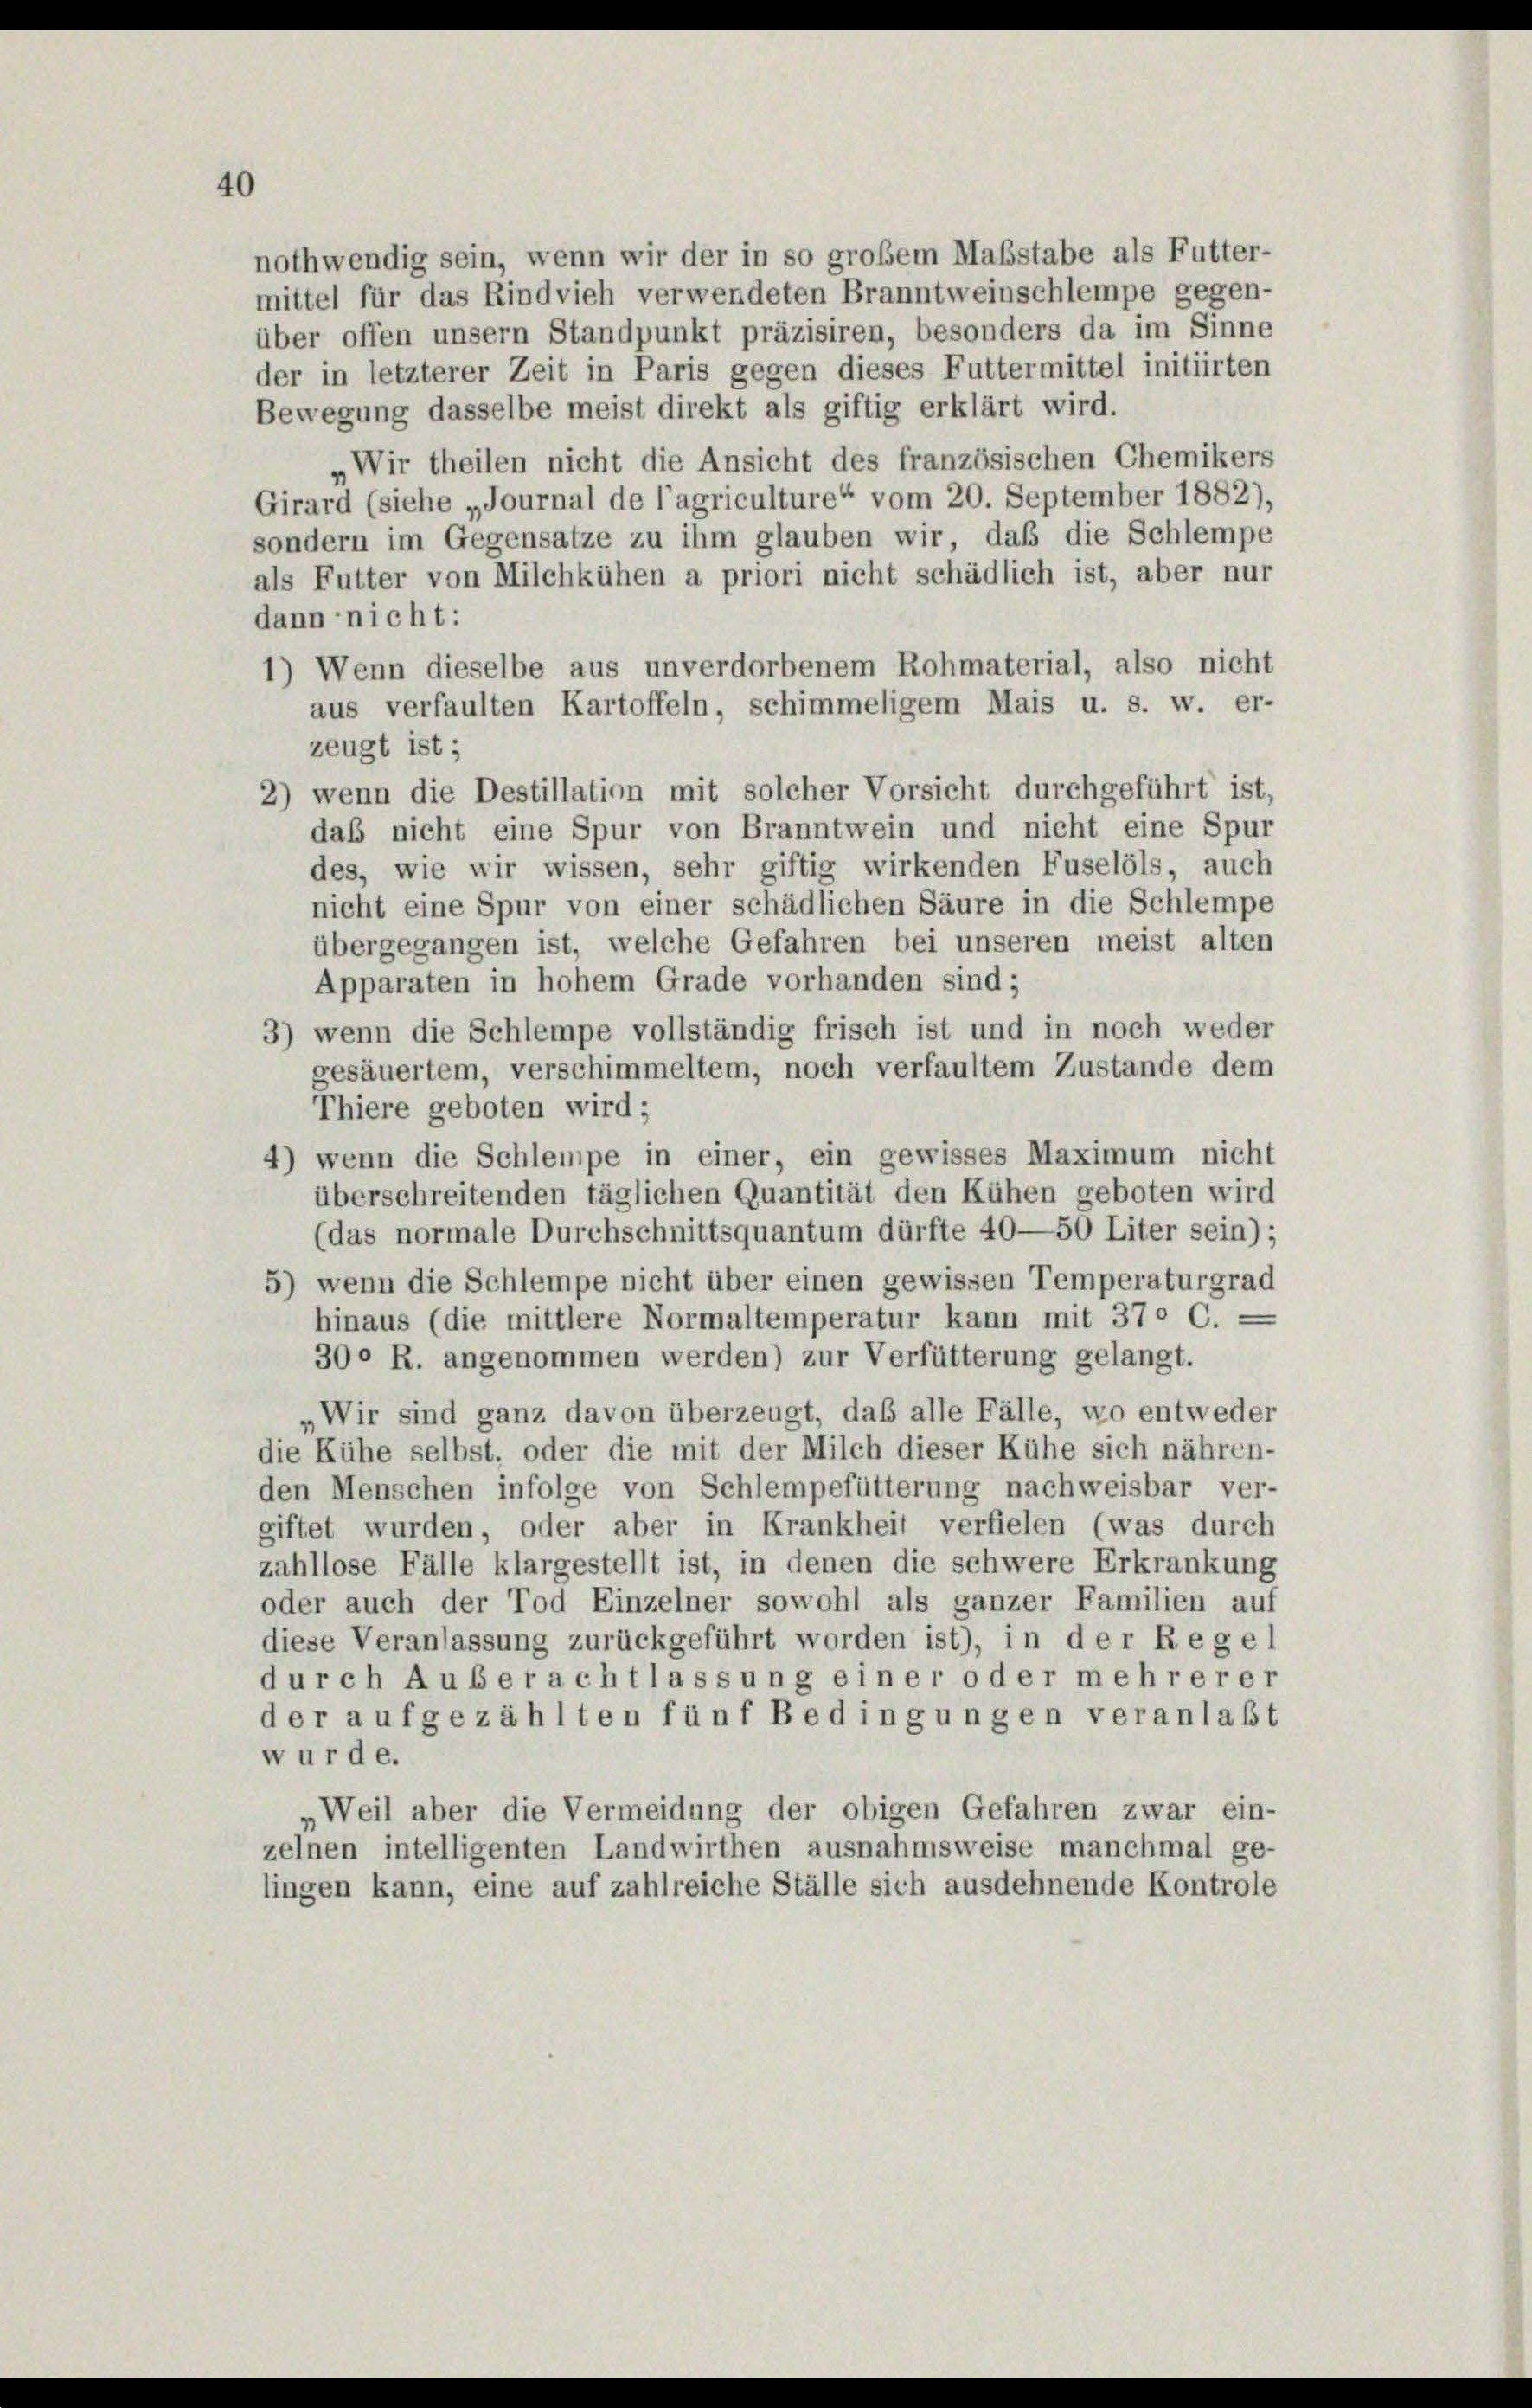
40
nothwendig sein, wenn wir der in so großem Maßstabe als Futter-
mittel für das Rindvieh verwendeten Branntweinschlempe gegen-
über offen unsern Standpunkt präzisiren, besonders da im Sinne
der in letzterer Zeit in Paris gegen dieses Futtermittel initiirten
Bewegung dasselbe meist direkt als giftig erklärt wird.
Wir theilen nicht die Ansicht des französischen Chemikers

Girard (siehe „Journal de l’agriculture“ vom 20. September 1882),
sondern im Gegensätze zu ihm glauben wir, daß die Schlempe
als Futter von Milchkühen a priori nicht schädlich ist, aber nur
dann nicht:
1) Wenn dieselbe aus unverdorbenem Rohmaterial, also nicht
aus verfaulten Kartoffeln, schimmeligem Mais u. s. w. er-
zeugt ist;
2) wenn die Destillation mit solcher Vorsicht durchgeführt ist,
daß nicht eine Spur von Branntwein und nicht eine Spur
des, wie wir wissen, sehr giftig wirkenden Fuselöls, auch
nicht eine Spur von einer schädlichen Säure in die Schlempe
übergegangen ist, welche Gefahren bei unseren meist alten
Apparaten in hohem Grade vorhanden sind;
3) wenn die Schlempe vollständig frisch ist und in noch weder
gesäuertem, verschimmeltem, noch verfaultem Zustande dem
Thiere geboten wird;
4) wenn die Schleipe in einer, ein gewisses Maximum nicht
überschreitenden täglichen Quantität den Kühen geboten wird
(das normale Durchschnittsquantum dürfte 40—50 Liter sein) ;
5) wenn die Schlempe nicht über einen gewissen Temperaturgrad
hinaus (die mittlere Normaltemperatur kann mit 370 C.
300 R. angenommen werden) zur Verfütterung gelangt.
Wir sind ganz davon überzeugt, daß alle Fälle, wo entweder
die Kühe selbst, oder die mit der Milch dieser Kühe sich nähren-
den Menschen infolge von Schlempefütterung nachweisbar ver-
giftet wurden, oder aber in Krankheit verfielen (was durch
zahllose Fälle klargestellt ist, in denen die schwere Erkrankung
oder auch der Tod Einzelner sowohl als ganzer Familien auf
diese Veranlassung zurückgeführt worden ist), in der Regel
durch Auber achtlassung einer oder mehrerer
der aufgezählten fünf Bedingungen veranlaßt
wurde.
Weil aber die Vermeidung der obigen Gefahren zwar ein-
zelnen intelligenten Landwirthen ausnahmsweise manchmal ge-
lingen kann, eine auf zahlreiche Ställe sich ausdehnende Kontrole